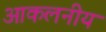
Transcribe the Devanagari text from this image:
आकलनीय